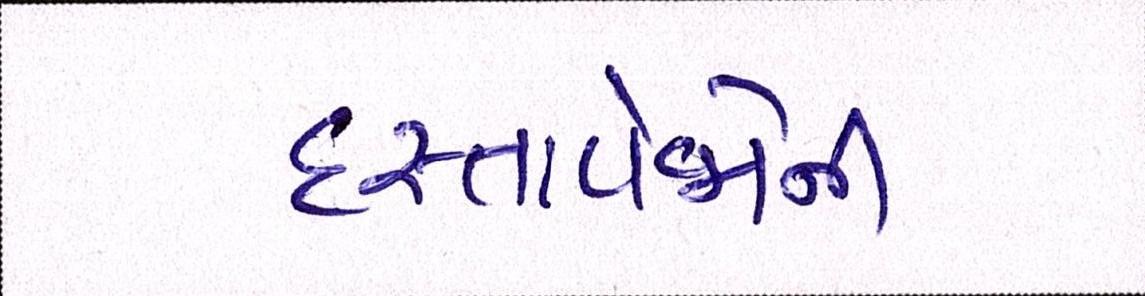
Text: દસ્તાવેજોની